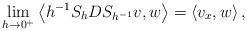
LaTeX: \begin{align*} \lim _ { h \to 0 ^ + } \left < h ^ { - 1 } S _ h D S _ { h ^ { - 1 } } v , w \right > = \left < v _ x , w \right > ,\end{align*}